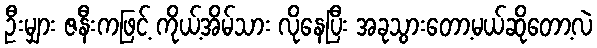
ဦးမျှား ဇနီးကဖြင့် ကိုယ့်အိမ်သား လိုနေပြီး အခုသွားတော့မယ်ဆိုတော့လဲ